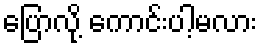
ပြောလို့ ကောင်းပါ့မလား